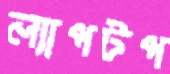
ল্যাপটপ